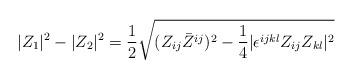
LaTeX: \begin{align*}|Z_1|^2-|Z_2|^2={1\over 2}\sqrt{(Z_{ij}\bar{Z}^{ij})^2-{1\over 4}|\epsilon^{ijkl}Z_{ij}Z_{kl}|^2} \end{align*}